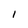
Character: I